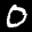
Label: 0